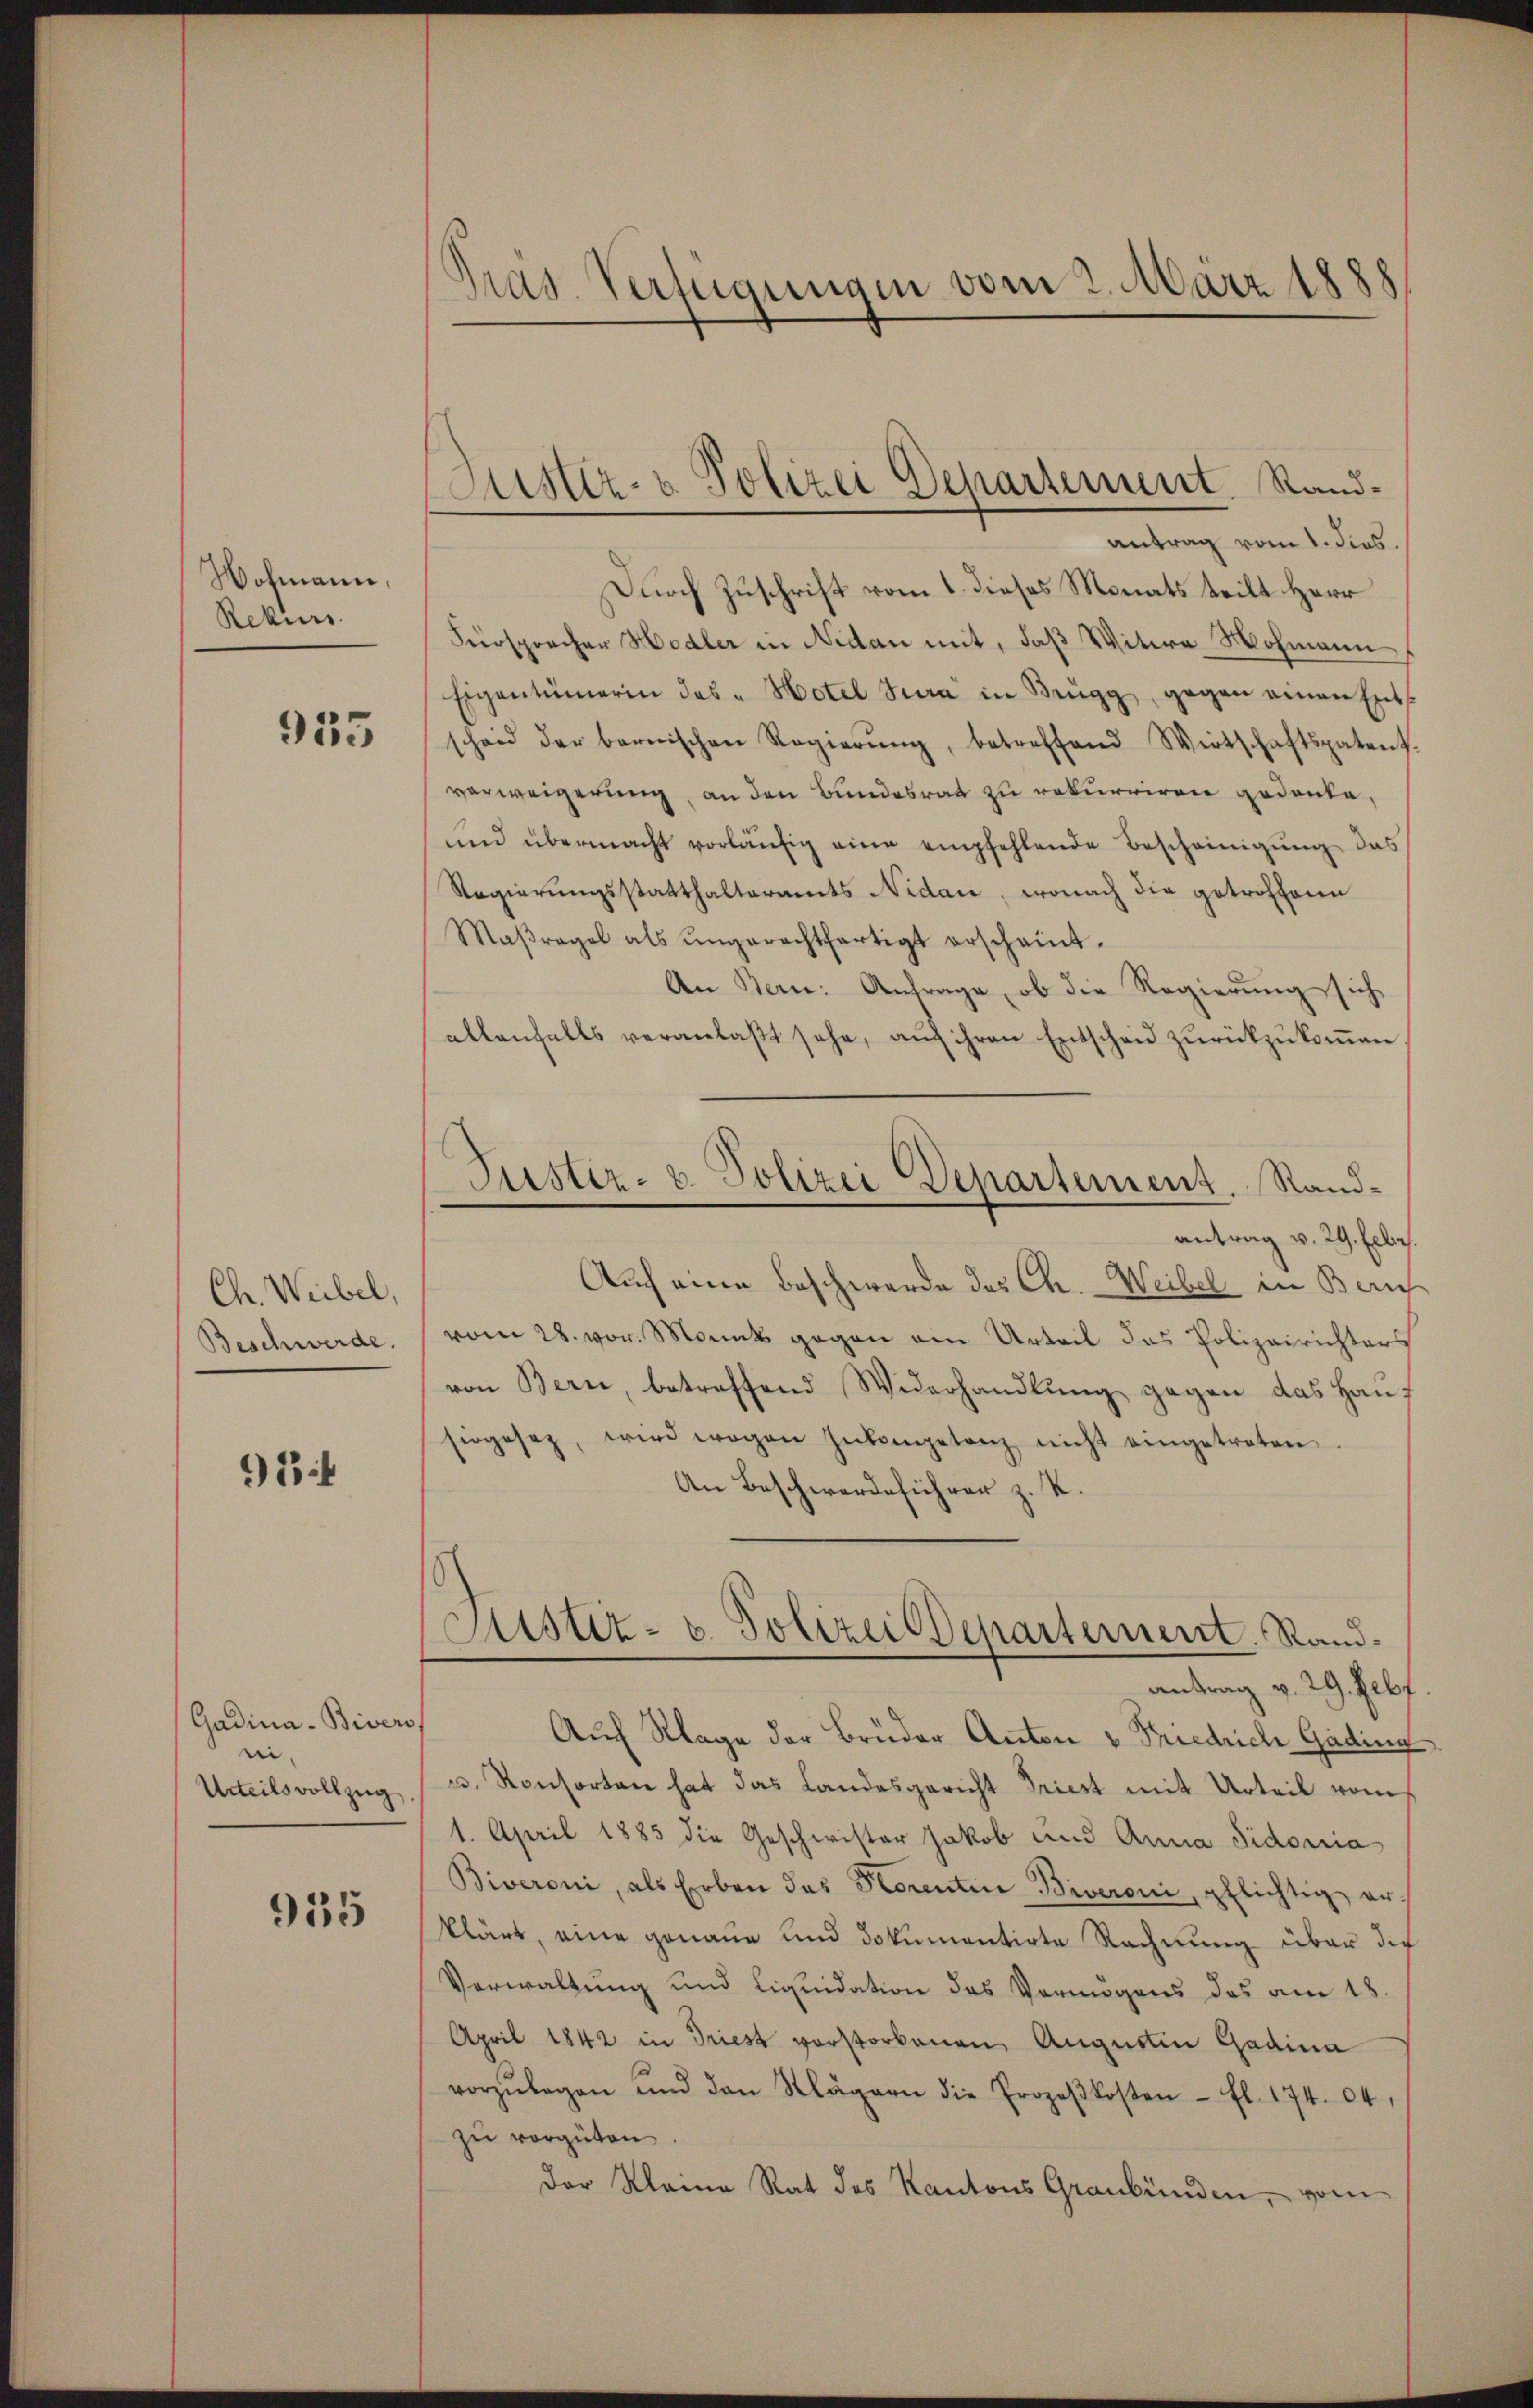
Wohmann,
Rekurs

955

Ch. Weibel,
Beschwerde.

91:

(Gadina-Bivers
ni,
Urteils vollzug

935

.
pas. Verfügungen vom 2. März 1888

Durch Zuschrift vom 1. dieses Monats teilt Herr
Fürspracher Hodler in Nidau mit, daß Witere Wohmann
Eigentümerin des „Hotel Jura in Brugg, gegen einen Ents
scheid der bernischen Regierŭng, betreffend Wirtschaftspatent
verweigerung, an den Bundesrat zu rekurriren gedanke,
und übermacht vorläufig eine empfehlende Bescheinigung das
Regierungsstatthalteramts Nidau, wonach die getroffonn
Maβregel als ungerechtfertigt erscheint.
An Bern: Anfrage, ob die Regierung sich
allenfalls veranlaßt sehe, auf ihren Entscheid zurückzukommen
antrag v. 29. Febr.
Auch eine Beschwerde des Ch. - Weibel in Bern
vom 28. vor. Monat gegen ein Urteil das Polizeirichters
von Bern, betreffend Widerhandlung gegen das Hausirgesez, wird wogen Inkompetenz nicht eingetreten
An Beschwerdeführer z. R.
Justiz- u. Polizei Departernerit. Randantrag v. 29. Febr
Auch Klage der Brüder Anton v. Friedrich Gading
u. Konsorten hat das Landesgericht Triest mit Urteil vom
1. April 1885 die Geschwister Jakob und Anna Sidonia
Biveroni, als Erben das Horentin Biveroni, pflichtig erklärt, eine genaue und Dokumentirte Rechnung über die
Verwaltung und Liquidation des Vermögens das am 18
April 1842 in Triest vorstorbenen Augustin Gadina
vorzŭlegen und den Klägern die Prozeβkosten fl. 174. 04,
zu vergüten
der Kleine Rat des Kantons Graubünden, vom

Austiz- & Polizei Departement. Sandantrag vom 1. dies.

Justiz- u. Polizei Departement. Rand¬